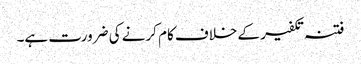
فتنہ تکفیر کے خلاف کام کرنے کی ضرورت ہے۔